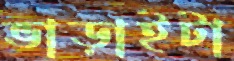
ভাড়াইটা